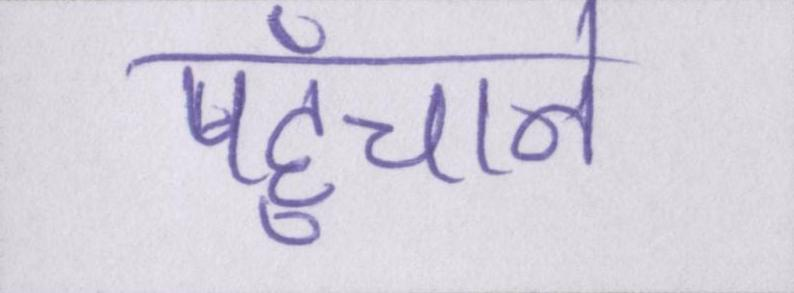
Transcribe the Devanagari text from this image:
पहुँचाने